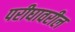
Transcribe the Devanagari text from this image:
परीघावरील